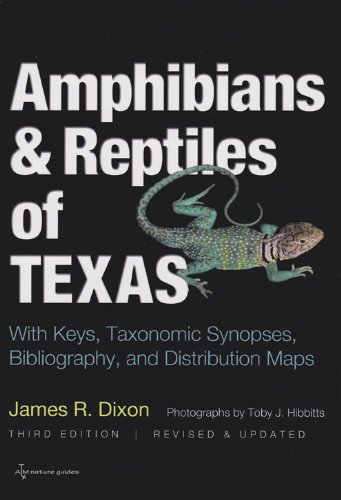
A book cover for Amphibians and Reptiles of Texas: With Keys, Taxonomic Synopses, Bibliography, and Distribution Maps (W. L. Moody Jr. Natural History Series); James R. Dixon; Science & Math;